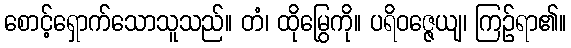
စောင့်ရှောက်သောသူသည်။ တံ၊ ထိုမြွေကို။ ပရိဝဇ္ဇေယျ၊ ကြဉ်ရာ၏။